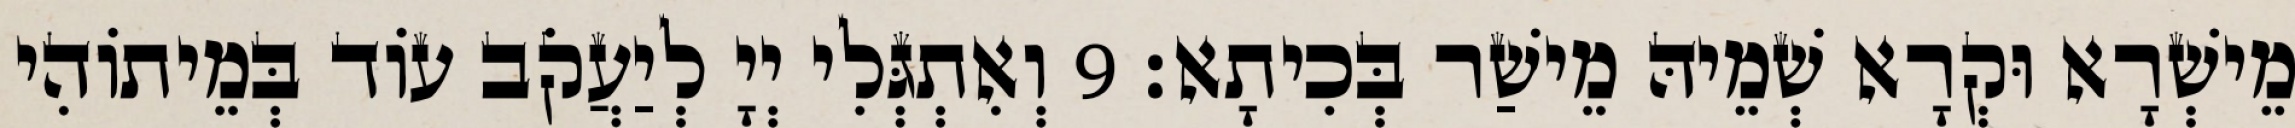
מֵישְׁרָא וּקְרָא שְׁמֵיהּ מֵישַׁר בְּכִיתָא׃ 9 וְאִתְגְּלִי יְיָ לְיַעֲקֹב עוֹד בְּמֵיתוֹהִי